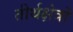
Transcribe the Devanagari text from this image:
तीर्थक्षेत्रों